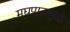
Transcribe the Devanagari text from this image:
मद्यपानामुळे